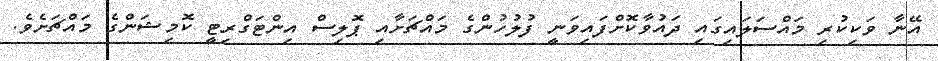
އޭނާ ވަކިކުރި މައްސަލައިގައި ދައުވާކޮށްފައިވަނީ ފުލުހުންގެ މައްޗަށާއި ޕޮލިސް އިންޓަގްރިޓީ ކޮމިޝަންގެ މައްޗަށެވެ.